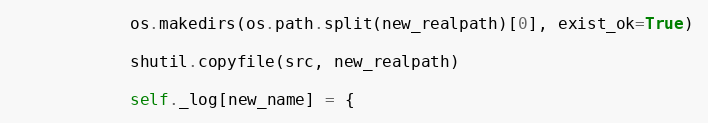
Language: Python
            os.makedirs(os.path.split(new_realpath)[0], exist_ok=True)

            shutil.copyfile(src, new_realpath)

            self._log[new_name] = {